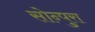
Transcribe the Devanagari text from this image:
सोन्पुरा